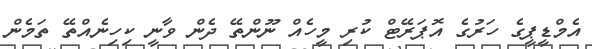
އެމްޑީޕީގެ ހަރުގެ އޮޕަރޭޓް ކުރި މީހެއް ނޫންތޭ ދެން ވާނީ ކިހިނެއްތޭ ތަމެން